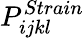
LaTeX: P_{ijkl}^{Strain}